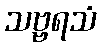
သဗ္ဗရသံ